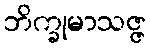
ဘိက္ခုမာသဇ္ဇ